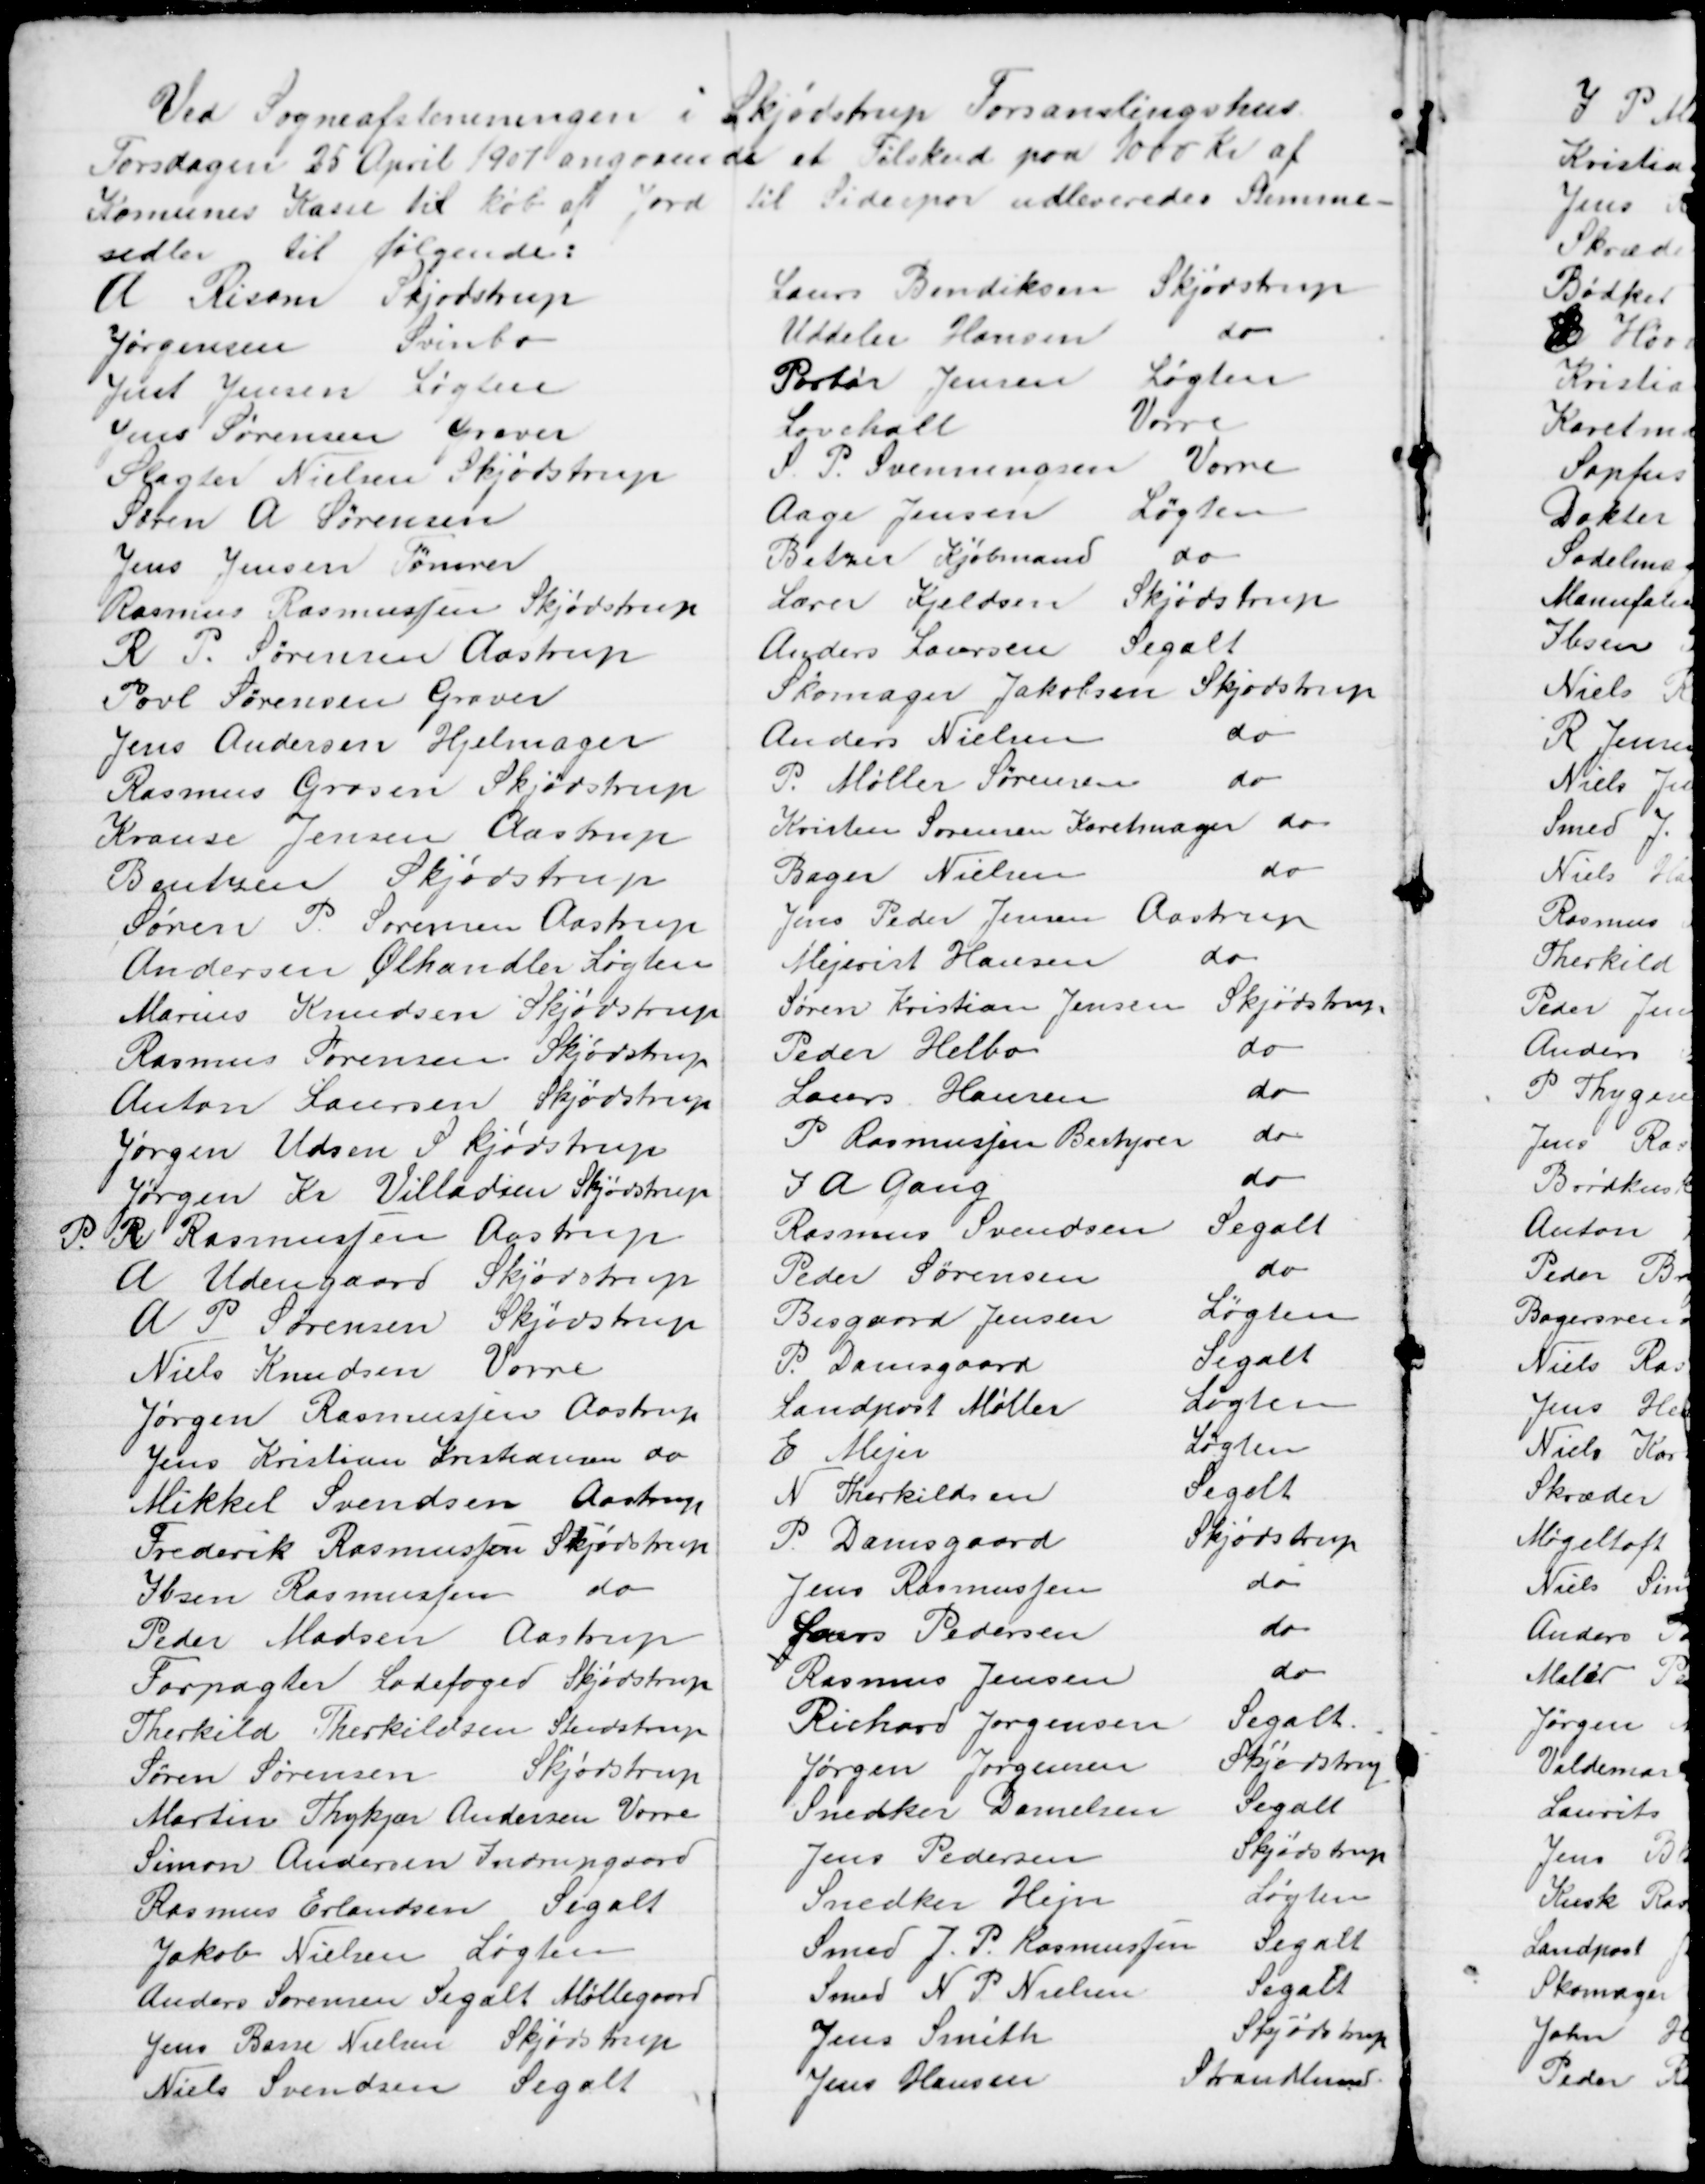
Transskription:
Ved Sogneafstemningen i Skjødstrup Forsamlingshus.
Torsdagen 25 April 1907 angaaende et Tilskud paa 1000 Kr af
Komunes Kasse til køb af Jord til Sidespor udleveredes Stemme-
sedler til følgende:
A Risom Skjødstrup
Laurs Bendiksen Skjødstrup
Jørgensen Svinbo
Uddeler Hansen
do
Just Jensen Løgten
Portør Jensen Løgten
Jens Sørensen Graver
Løvchall
Vorre
Slagter Nielsen Skjødstrup
S. P. Svenningsen Vorre
Søren A Sørensen
Aage Jensen Løgten
Jens Jensen Tømrer
Betzer Kjøbmand do
Rasmus Rasmussen Skjødstrup
Lærer Kjeldsen Skjødstrup
R P. Sørensen Aastrup
Anders Laursen Segalt
Poul Sørensen Graver
Skomager Jakobsen Skjødstrup
Jens Andersen Hjelmager
Anders Nielsen do
Rasmus Grosen Skjødstrup
P. Møller Sørensen do
Krause Jensen Aastrup
Kristen Sørensen Karetmager do
Bentzen Skjødstrup
Bager Nielsen
do
Søren P. Sørensen Aastrup
Jens Peder Jensen Aastrup
Andersen Ølhandler Løgten
Mejerist Hansen do
Marius Knudsen Skjødstrup
Søren Kristian Jensen Skjødstrup
Rasmus Sørensen Skjødstrup
Peder Helbo
do
Anton Laursen Skjødstrup
Laurs Hansen
do
Jørgen Udsen Skjødstrup
P Rasmussen Bestyrer do
Jørgen Kr. Villadsen Skjødstrup
I A Gang
do
P R Rasmussen Aastrup
Rasmus Svendsen Segalt
A Udengaard Skjødstrup
Peder Sørensen
do
A. P. Sørensen Skjødstrup
Bisgaard Jensen
Løgten
Niels Knudsen Vorre
P. Damsgaard
Segalt
Jørgen Rasmussen Aastrup
Landpost Møller
Løgten
Jens Kristian Kristiansen do
E Mejer
Løgten
Mikkel Svendsen Aastrup
N. Therkildsen
Segalt
Frederik Rasmussen Skjødstrup
P. Damsgaard
Skjødstrup
Ibsen Rasmussen do
Jens Rasmussen
do
Peder Madsen Aastrup
Laurs Pedersen
do
Forpagter Ladefoged Skjødstrup
Rasmus Jensen
do
Therkild Therkildsen Studstrup
Richard Jørgensen Segalt
Søren Sørensen Skjødstrup
Jørgen Jørgensen Skjødstrup
Martin Thykjær Andersen Vorre
Snedker Danielsen Segalt
Simon Andersen Indrupgaard
Jens Pedersen
Skjødstrup
Rasmus Erlandsen Segalt
Snedker Hejn
Løgten
Jakob Nielsen Løgten
Smed J. P. Rasmussen Segalt
Anders Sørensen Segalt Møllegaard
Smed N. P. Nielsen
Segalt
Jens Basse Nielsen Skjødstrup
Jens Smith
Skjødstrup
Niels Svendsen Segalt
Jens Hansen
Strandlund